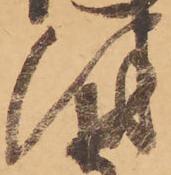
津